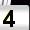
Digit: 4